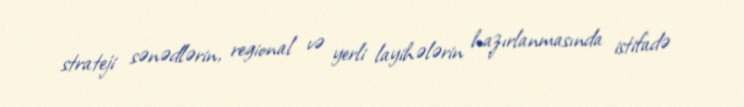
strateji sənədlərin, regional və yerli layihələrin hazırlanmasında istifadə